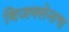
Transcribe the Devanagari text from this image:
विजयसेनाचा